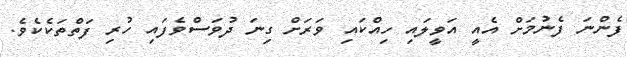
ފެންނަ ފެނުމަށް އެއީ އަވީލައި ހިއްކައި ވަރަށް ގިނަ ދުވަސްވެފައި ހުރި ފަތްތަކެކެވެ.